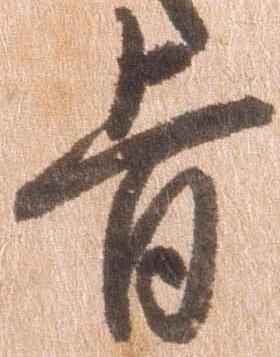
旨